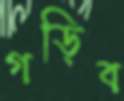
গড়িব